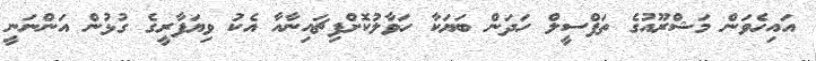
އައިހެވަން މަޝްރޫއުގެ ތަފްސީލް ހަދަން ބަޔަކާ ހަވާލުކޮށްފިޗައިނާއާ އެކު ވިޔަފާރީގެ ގުޅުން އަންނަނީ